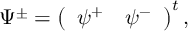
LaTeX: \Psi ^ { \pm } = \left( \begin{array} { r r } { { \psi ^ { + } } } & { { \psi ^ { - } } } \end{array} \right) ^ { t } ,